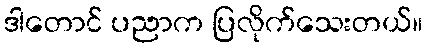
ဒါတောင် ပညာက ပြလိုက်သေးတယ်။